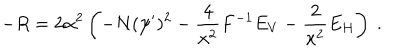
- R = 2 \alpha ^ { 2 } \left( - N ( \psi ^ { \prime } ) ^ { 2 } - { \frac { 4 } { x ^ { 2 } } } F ^ { - 1 } E _ { V } - { \frac { 2 } { x ^ { 2 } } } E _ { H } \right) \ .